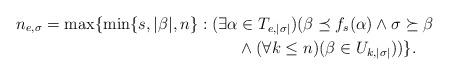
LaTeX: \begin{align*}n_{e ,\sigma} = \max\{ \min \{ s , |\beta|, n\} : (\exists \alpha &\in T_{e , |\sigma|})( \beta \preceq f_s (\alpha) \wedge \sigma \succeq \beta\\& \wedge (\forall k \leq n) (\beta \in U_{k,|\sigma|}))\}.\end{align*}